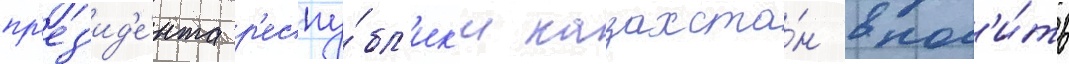
пр'ез'ид'е́нта р'еспу́бл'ик'и казахста́н внос'и́ть